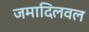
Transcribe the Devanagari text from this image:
जमादिलवल